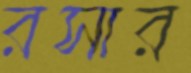
রসার